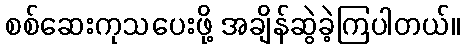
စစ်ဆေးကုသပေးဖို့ အချိန်ဆွဲခဲ့ကြပါတယ်။